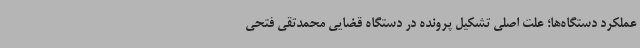
عملکرد دستگاه‌ها؛ علت اصلی تشکیل پرونده در دستگاه قضایی محمدتقی فتحی